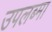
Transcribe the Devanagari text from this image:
उपलब्मा